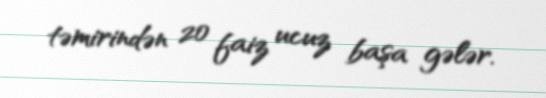
təmirindən 20 faiz ucuz başa gələr.